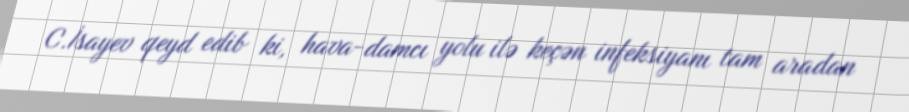
C.İsayev qeyd edib ki, hava-damcı yolu ilə keçən infeksiyanı tam aradan